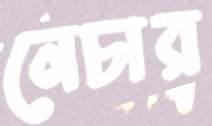
নেচার